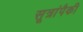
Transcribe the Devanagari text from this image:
सूत्रांपैकी